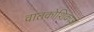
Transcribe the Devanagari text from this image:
वातकोशिकाओं